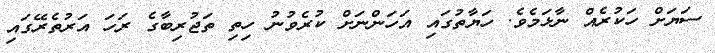
ސަޔަށް ހަކުރެއް ނާޅަމެވެ. ހަޔާތުގައި އަހަންނަށް ކުރެވުނު ހިތި ތަޖުރިބާގެ ރަހަ އަރުތެރޭގައި